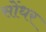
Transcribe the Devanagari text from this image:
सोंधर